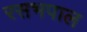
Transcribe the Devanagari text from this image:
रसभपाल